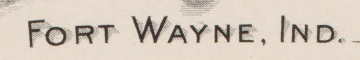
FORT WAYNE. IND.